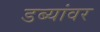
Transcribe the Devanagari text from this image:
डब्यांवर